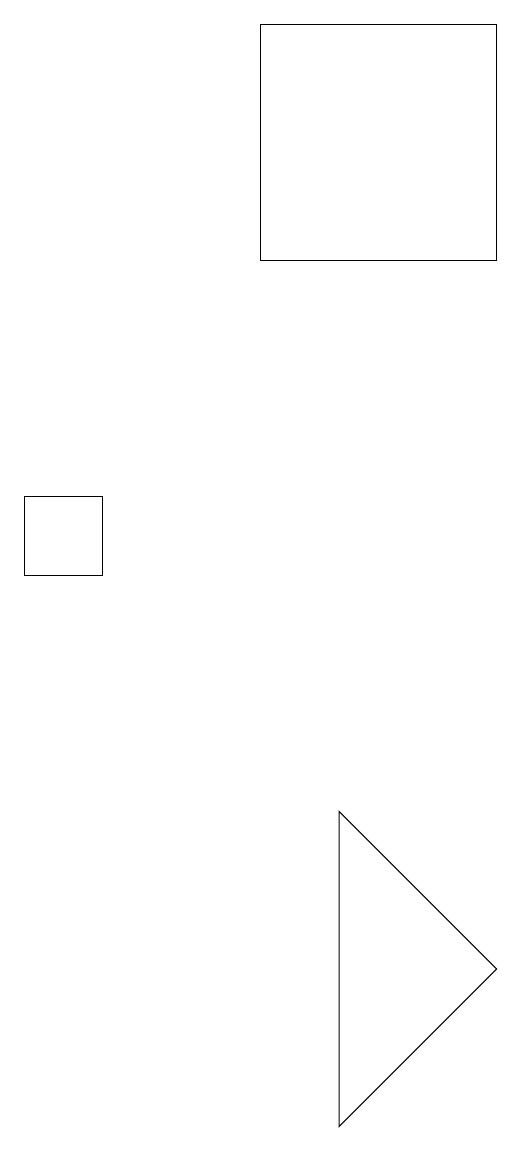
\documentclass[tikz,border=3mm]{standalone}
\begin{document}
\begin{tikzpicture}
\draw (8,18) rectangle (5,15);
\draw (3,12) rectangle (2,11);
\draw (6,8) -- (6,4) -- (8,6) -- cycle;
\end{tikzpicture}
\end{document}